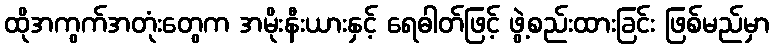
ထိုအကွက်အတုံးတွေက အမိုးနီးယားနှင့် ရေဓါတ်ဖြင့် ဖွဲ့စည်းထားခြင်း ဖြစ်မည်မှာ